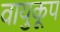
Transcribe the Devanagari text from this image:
वायुकूप